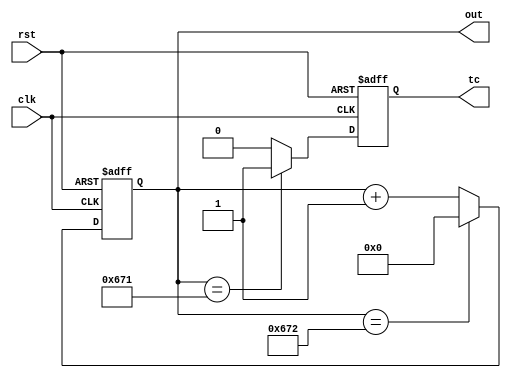
`timescale 1ns / 1ps
//////////////////////////////////////////////////////////////////////////////////
// Company: WSU 
// 
// Design Name: horizontalCounter
// Module Name: horizontalCounter
// Project Name: Simon Says
// Target Devices: ZYNQ XC7007S
// Tool Versions: Vivado 2018.2
// Description: Counts to certian amount to displa a given VGA resolution it is currently set
// to count to 1650 which for a 720 x 1280p once the counter reaches the value then it will
// send a signal to the vertical counter. This will allow the vertical counter to start counting.
// Modules it contains: charROM: none
// 
// Dependencies: all inputs
// 
// Revision:
// Revision 0.01 - File Created
// Additional Comments:
// 
//////////////////////////////////////////////////////////////////////////////////


module horizontalCounter(
    output [11:0] out, // to comparator and display comparator
    output reg tc,
     input clk,
     input rst
    );
    
     reg [11:0] count1 = 0;
     
    always @(posedge clk, posedge rst)begin 
    if(rst == 1) begin
          count1 <= 0;
          tc <= 0;
    end else begin
    
        if (count1 == 1649) begin
            tc <= 1;
        end else begin 
            tc <= 0;
        end
        
        if (count1 == 1650) begin
          count1 <= 0; // rollover counter 
        end else begin
          count1 <= count1 + 1;
        end
        
    end
    end
       assign out = count1;  
endmodule